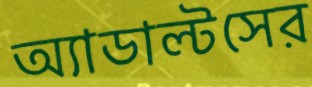
অ্যাডাল্টসের